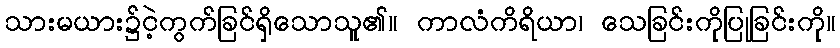
သားမယား၌ငဲ့ကွက်ခြင်ရှိသောသူ၏။ ကာလံကိရိယာ၊ သေခြင်းကိုပြုခြင်းကို။